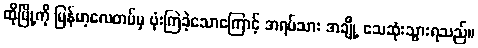
ထိုမြို့ကို မြန်မာ့လေတပ်မှ ဗုံးကြဲခဲ့သောကြောင့် အရပ်သား အချို့ သေဆုံးသွားရသည်။